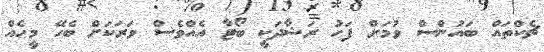
ޗެކްތައް ބައުންސް ވުމަށް ފަހު ރަޝާދަކީ ބޯޓާ އެއްވެސް ވަރަކަށް ބެހޭ މީހެއް